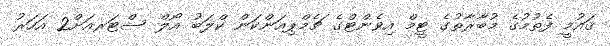
ޤައުމީ ފެތުމުގެ މުބާރާތުގެ ޓީމް އިވެންޓްގެ ޗެމްޕިއަންކަން ކްލަބު އޯލް ސްޓަރއަށް2 އަހަރު